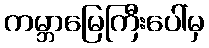
ကမ္ဘာမြေကြီးပေါ်မှ